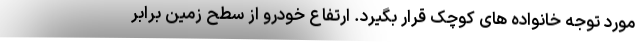
مورد توجه خانواده های کوچک قرار بگیرد. ارتفاع خودرو از سطح زمین برابر